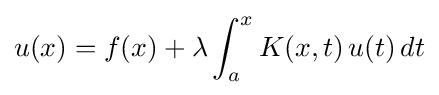
u(x)=f(x)+\lambda \int _{a}^{x}K(x,t)\,u(t)\,dt